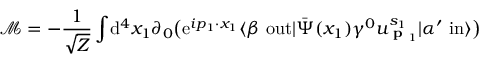
{ \mathcal { M } } = - { \frac { 1 } { \sqrt { Z } } } \int \! \mathrm { d } ^ { 4 } x _ { 1 } \partial _ { 0 } { \big ( } \mathrm { e } ^ { i p _ { 1 } \cdot x _ { 1 } } \langle \beta \ \mathrm { o u t } | { \bar { \Psi } } ( x _ { 1 } ) \gamma ^ { 0 } u _ { { \textbf { p } } _ { 1 } } ^ { s _ { 1 } } | \alpha ^ { \prime } \ \mathrm { i n } \rangle { \big ) }